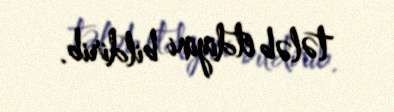
tələb etdiyini bildirib.